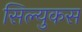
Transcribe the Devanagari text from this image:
सिल्युकस